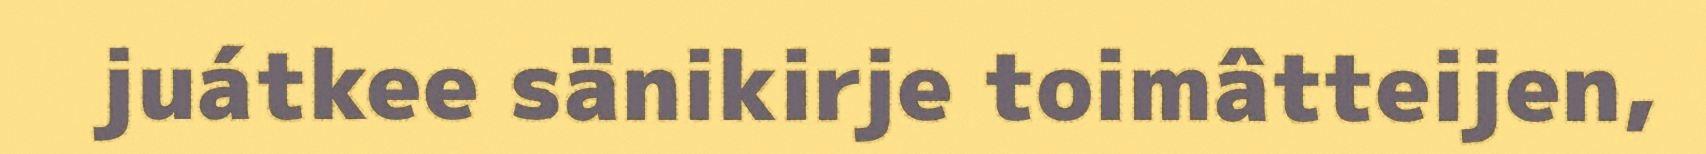
juátkee sänikirje toimâtteijen,